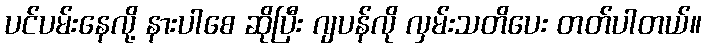
ပင်ပမ်းနေလို့ နားပါစေ ဆိုပြီး ဂျပန်လို လှမ်းသတိပေး တတ်ပါတယ်။